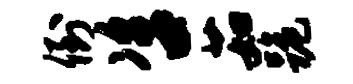
倒咨茹跪